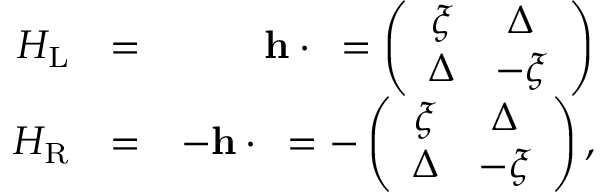
\begin{array} { r l r } { H _ { \mathrm { L } } } & { = } & { { \bf h } \cdot { \bf \sigma } = \left( \begin{array} { c c } { \xi } & { \Delta } \\ { \Delta } & { - \xi } \end{array} \right) } \\ { H _ { \mathrm { R } } } & { = } & { - { \bf h } \cdot { \bf \sigma } = - \left( \begin{array} { c c } { \xi } & { \Delta } \\ { \Delta } & { - \xi } \end{array} \right) , } \end{array}